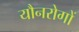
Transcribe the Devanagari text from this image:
यौनरोगों